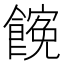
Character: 𩝜